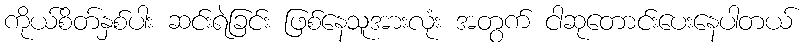
ကိုယ်စိတ်နှစ်ပါး ဆင်းရဲခြင်း ဖြစ်နေသူအားလုံး အတွက် ငါဆုတောင်းပေးနေပါတယ်